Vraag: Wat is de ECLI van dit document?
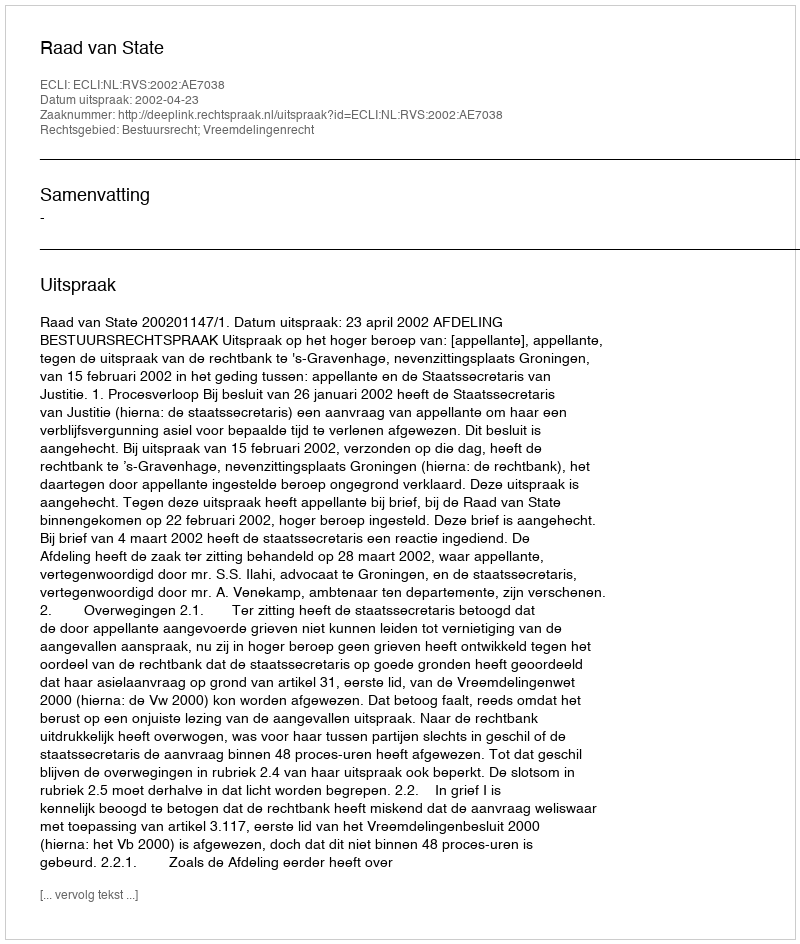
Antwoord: ECLI:NL:RVS:2002:AE7038